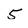
Character: 5